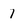
Character: 7